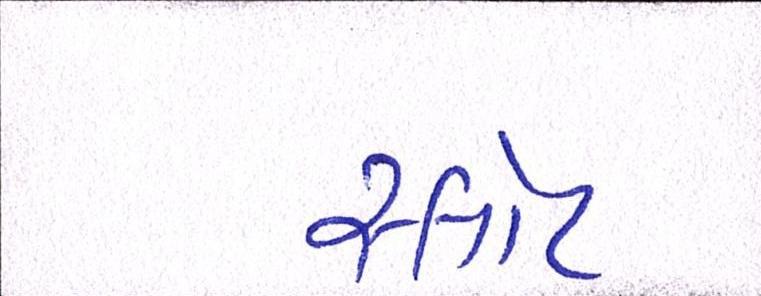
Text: સ્લોટ